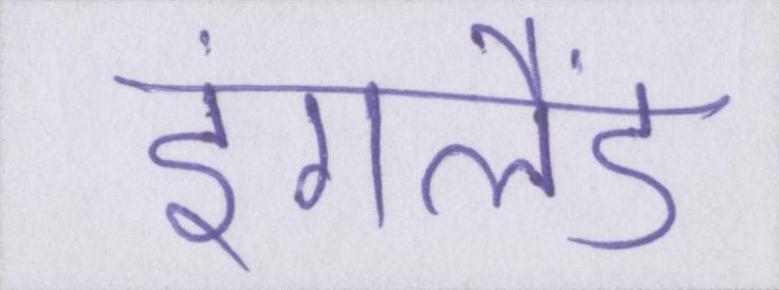
इंगलैंड